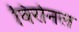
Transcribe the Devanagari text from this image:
विरोनल